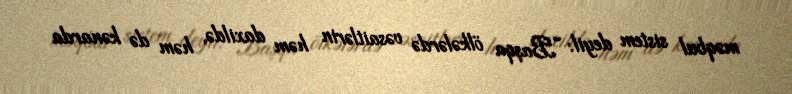
məqbul sistem deyil: “Başqa ölkələrdə vəsaitlərin həm daxildə, həm də kənarda